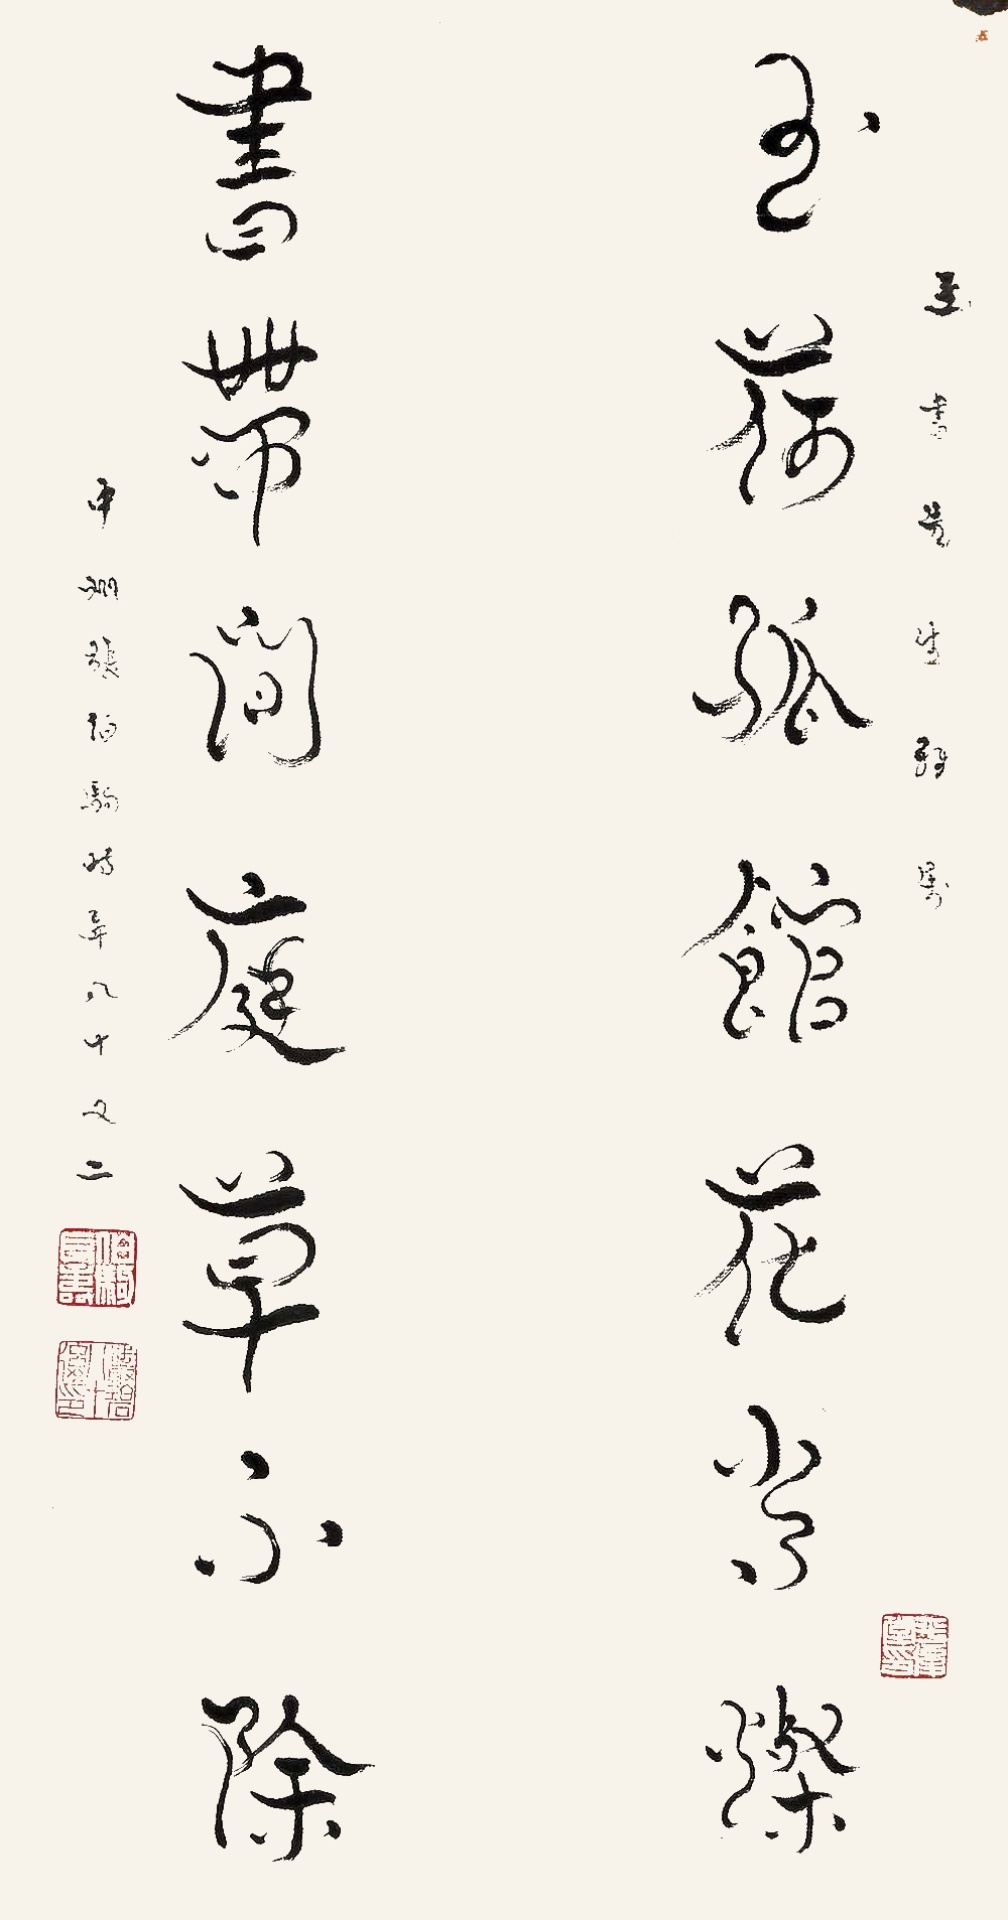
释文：玉荷孤馆花当灿，书带闲庭草不除。玉书先生雅属，中州张伯驹时年八十又二。